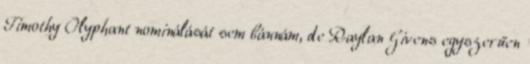
Timothy Olyphant nominálását sem bánnám, de Raylan Givens egyszerűen